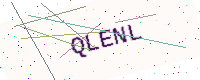
Text: QLENL